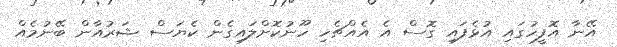
އޭނާ އޮފީހުގައި އުޅެފައި ގޮސް އެ އެއްޗެހި ހޫނުކޮށްލައިގެން ކެޔަސް ޝަރުއާން ބޭނުމެއް